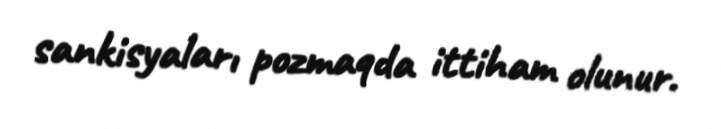
sankisyaları pozmaqda ittiham olunur.